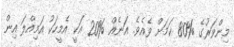
މިންވަރުގެ %80 ކަމަށް ވެއެވެ. އަނެއް %20 އަކީ އެމީހަކު އަމިއްލަ އިން